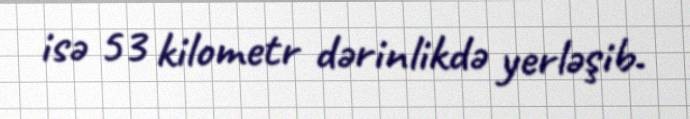
isə 53 kilometr dərinlikdə yerləşib.